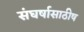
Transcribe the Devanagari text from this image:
संघर्षासाठीष